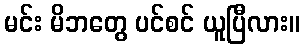
မင်း မိဘတွေ ပင်စင် ယူပြီလား။